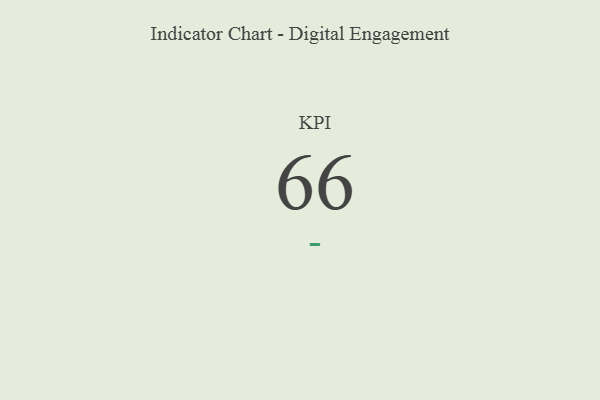
{"axis": {"x": "KPI", "y": "Value"}, "legend": [""], "data": [{"x": "KPI", "y": 66, "type": ""}]}